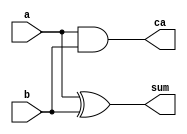
// This program was cloned from: https://github.com/chicken8848/RISKY
// License: MIT License

module HalfAdder (a,b,sum,ca);
input a,b;
output sum,ca;

assign sum = a ^ b;
assign ca = a & b;
    
endmodule